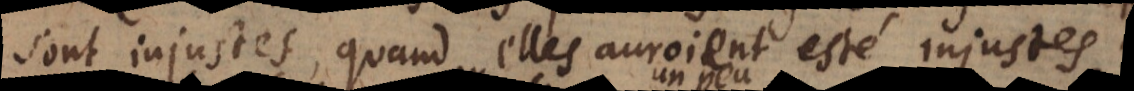
sont injustes, quand elles auroient esté injustes